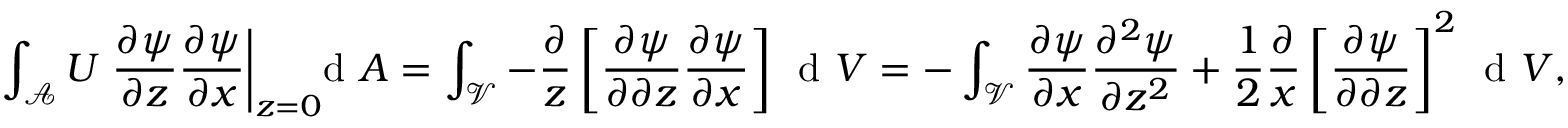
\int _ { \mathcal { A } } U \left. \frac { \partial \psi } { \partial z } \frac { \partial \psi } { \partial x } \right| _ { z = 0 } \! \! \! \! \, \textrm { d } A = \int _ { \mathcal { V } } - \frac { \partial } { z } \left[ \frac { \partial \psi } { \partial \partial z } \frac { \partial \psi } { \partial x } \right] \, \textrm { d } V = - \int _ { \mathcal { V } } \frac { \partial \psi } { \partial x } \frac { \partial ^ { 2 } \psi } { \partial z ^ { 2 } } + \frac { 1 } { 2 } \frac { \partial } { x } \left[ \frac { \partial \psi } { \partial \partial z } \right] ^ { 2 } \, \textrm { d } V ,